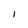
Character: 1